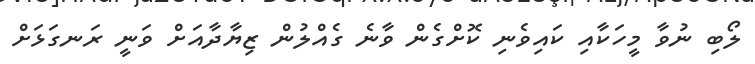
ލޯބި ނުވާ މީހަކާއި ކައިވެނި ކޮށްގެން ވާނެ ގެއްލުން ޒިޔާދާއަށް ވަނީ ރަނގަޅަށް